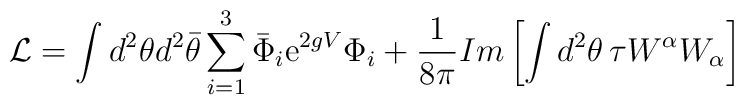
{\cal{L}} = \int d^2 \theta d^2 {\bar{\theta}}\sum_{i=1}^{3} {\bar{\Phi}}_{i} {\rm e}^{2g V} \Phi_{i} + \frac{1}{8 \pi} Im \left[ \int d^2 \theta \, \tau W^{\alpha} W_{\alpha} \right]